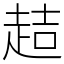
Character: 趌